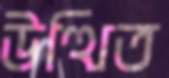
উত্থিত